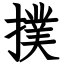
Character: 撲